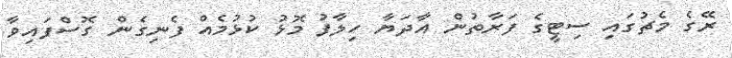
ރޭގެ މެޗުގައި ސިޓީގެ ފަރާތުން އާދަޔާ ހިލާފު މޮޅު ކުޅުމެއް ފެނިގެން ގޮސްފައިވާ